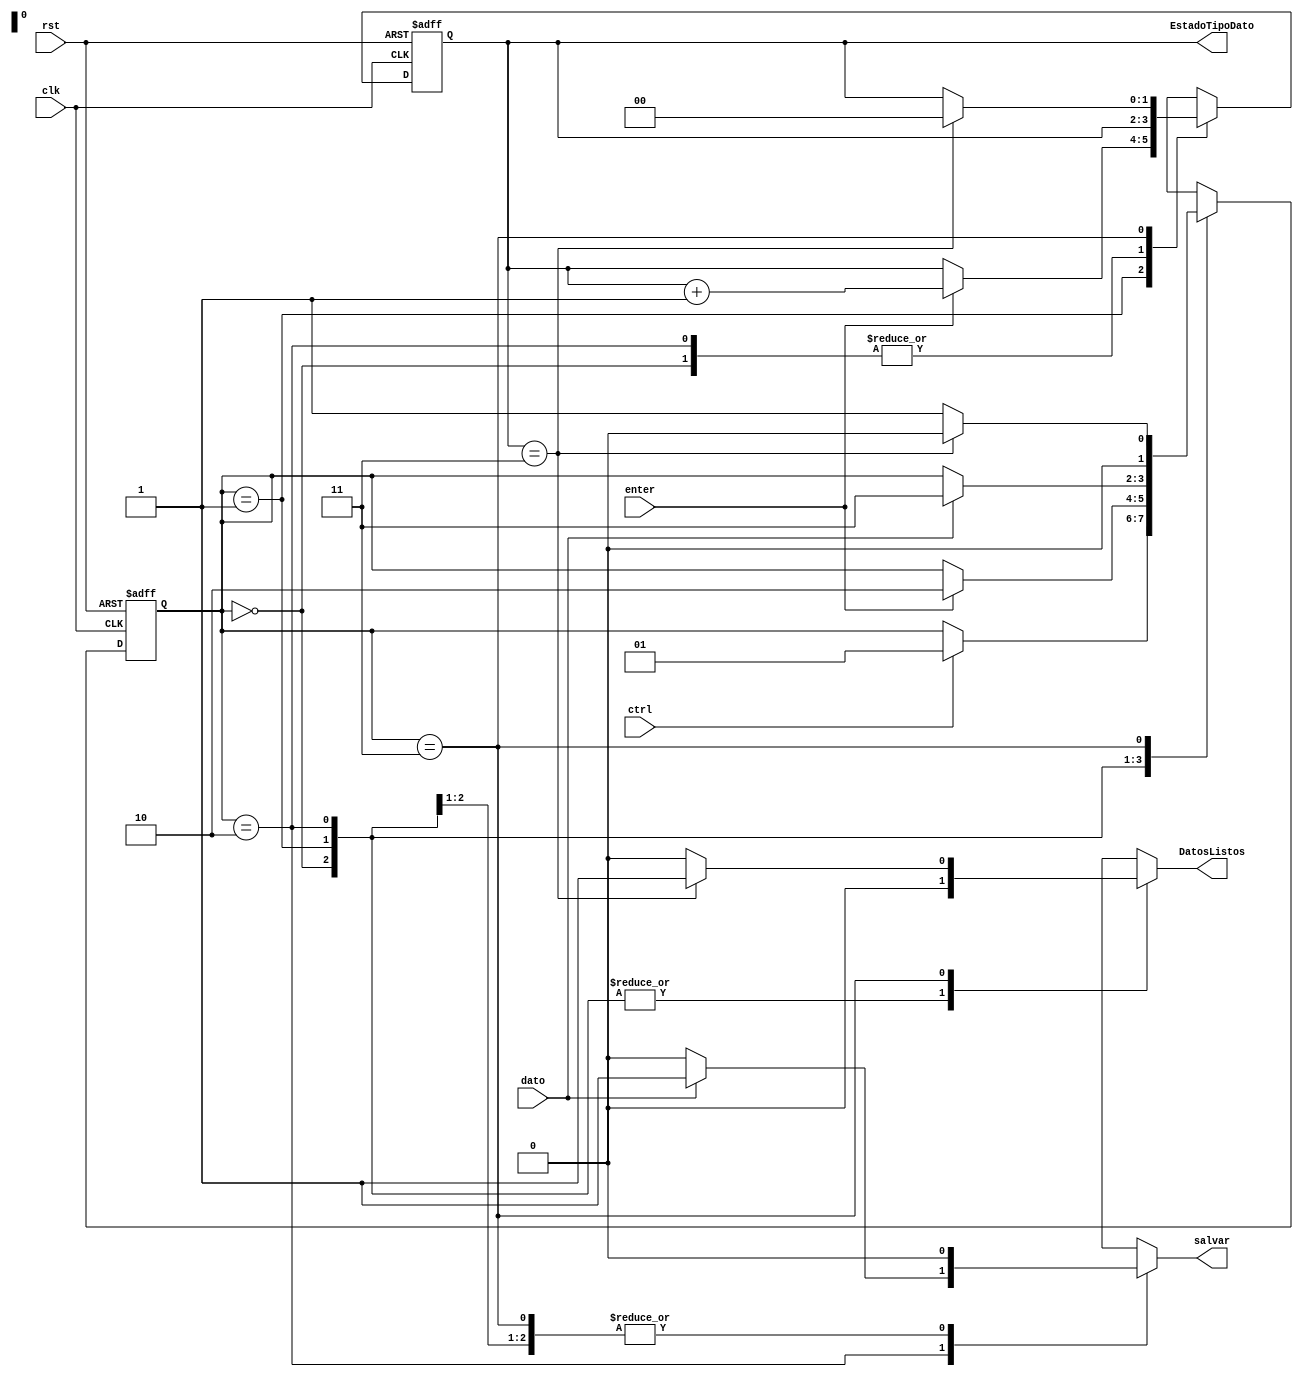
`timescale 1ns / 1ps
//////////////////////////////////////////////////////////////////////////////////
// Company: Tecnolgico de Costa Rica
// 
// Design Name: 
// Module Name:    control_ps2 
// Project Name: 
// Target Devices: 
// Tool versions: 
// Description: 
//		Mdulo encargado de diferenciar las teclas permitidas, este mdulo se encarga de establecer el protocolo de
//		funcionamiento entre el teclado y el mdulo de deteccin de peligro
//
// Dependencies: 
//
// Revision: 
// Revision 0.01 - File Created
// Additional Comments: 
//
//////////////////////////////////////////////////////////////////////////////////
module control_ps2(
	input wire clk,rst,
//Teclas de control
	input wire ctrl,
	input wire enter,
	input wire dato,
//--------------------------
//Salidas
	output reg salvar,
	output wire [1:0]EstadoTipoDato,
	output reg DatosListos
    );
 
 //declaracin de los estados: Inicio, Enter, Dato y Fin
 //Se declara cual el nmero de cuenta al que corresponde cadfa estado
	localparam [1:0]
		Inicio = 2'b00,
		Enter = 2'b01,
		Dato = 2'b10,
		Fin = 2'b11;
		
	reg [1:0] state_reg, state_next;
	reg [1:0] Cuenta_reg, Cuenta_next;//se define el contador que existe dentro de la mquina
					 //este esta encargado de avanzar de estado.
	wire fin;
	
	assign fin = (Cuenta_reg == 2'b11);
	assign EstadoTipoDato = Cuenta_reg;
	
	always @(posedge clk, posedge rst)
			if(rst)
				begin
				Cuenta_reg <= 2'b00;
				state_reg <= Inicio;
				end
			else
			begin
				Cuenta_reg <= Cuenta_next;
				state_reg <= state_next;
			end	
			
			
	always @*
		begin 
			state_next = state_reg;
			salvar = 1'b0;
			Cuenta_next = Cuenta_reg;
			DatosListos = 1'b0;
			case (state_reg)
//Se declara en que momento debe darse cada estado
				Inicio:
					if(ctrl)
						state_next = Enter;//si la tecla entrante corresponde a la tecla ctrl se avanza al siguiente estado
								  //de lo contrario se mantendr en este hasta que sea la tecla correspondiente
						
				Enter:
					if(enter)
						begin
							Cuenta_next = Cuenta_reg+1'b1;
							//si la situacin se cumple se suma uno a la cuenta y se pasa al siguiente estado
							state_next = Dato;//si la tecla es enter se avanza al estado Dato.
						end
				Dato:
					if(dato)
						begin
							state_next = Fin;
							salvar = 1'b1;
							//si se ingresa un dato se avanza al estado Fin y se envia un bit en alto a la salida salvar
						end
				Fin:
					if(fin)
					begin
						state_next = Inicio;
						DatosListos = 1'b1;
						Cuenta_next = 2'h0;
						//dada la condicin de fin se regresa al estado Inicio y se envian un bit en 1 a DatosListos y dos bits
						//en hexadecimal en cero a Cuenta_next
					end
					else
						state_next = Enter;//si no se cumple la condicion de finalizacion se regresa al estado de Enter.
			endcase	
		end
	 
	 
	 
	 
	 
	 
	 


endmodule